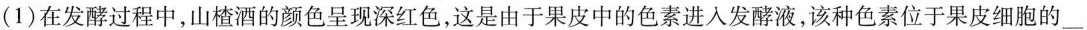
(1)在发酵过程中，山楂酒的颜色呈现深红色，这是由于果皮中的色素进入发酵液，该种色素位于果皮细胞的___